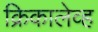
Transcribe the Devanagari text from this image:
क्रिकालेव्ह